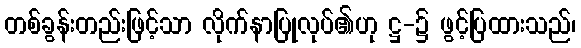
တစ်ခွန်းတည်းဖြင့်သာ လိုက်နာပြုလုပ်၏ဟု ဋ္ဌ-၌ ဖွင့်ပြထားသည်၊